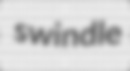
swindle